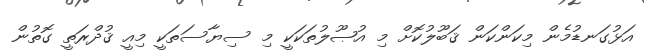
އަޅުގަނޑުމެން މިކަންކަން ޤަބޫލުކޮށް މި އުޞޫލުތަކަކީ މި ސިޔާސަތަކީ މިއީ ޤުދްރަތީ ގޮތުން